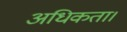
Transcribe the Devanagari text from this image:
अधिकता।